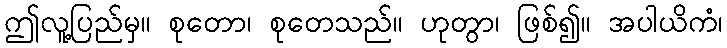
ဤလူ့ပြည်မှ။ စုတော၊ စုတေသည်။ ဟုတွာ၊ ဖြစ်၍။ အပါယိကံ၊